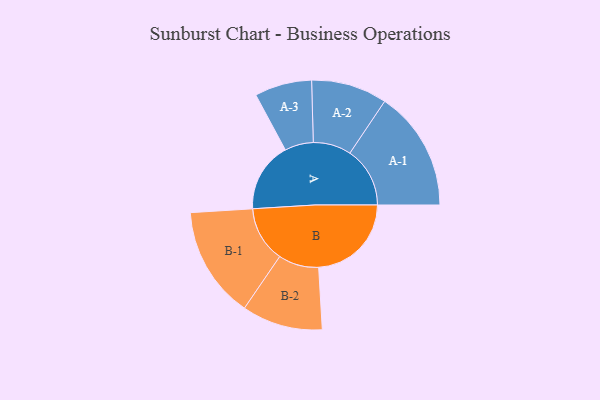
{"axis": {"x": "Segment", "y": "Value"}, "legend": ["", "A", "B"], "data": [{"x": "A", "y": 344, "type": ""}, {"x": "B", "y": 457, "type": ""}, {"x": "A-1", "y": 296, "type": "A"}, {"x": "A-2", "y": 187, "type": "A"}, {"x": "A-3", "y": 141, "type": "A"}, {"x": "B-1", "y": 275, "type": "B"}, {"x": "B-2", "y": 199, "type": "B"}]}